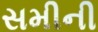
સમીની